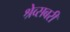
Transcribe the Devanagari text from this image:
श्रेव्सबरी